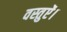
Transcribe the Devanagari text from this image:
वस्तुऐं।